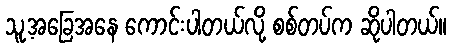
သူ့အခြေအနေ ကောင်းပါတယ်လို့ စစ်တပ်က ဆိုပါတယ်။